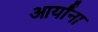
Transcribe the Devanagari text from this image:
आर्यांना